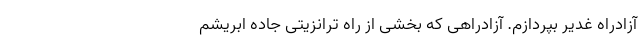
آزادراه غدیر بپردازم. آزادراهی که بخشی از راه ترانزیتی جاده ابریشم